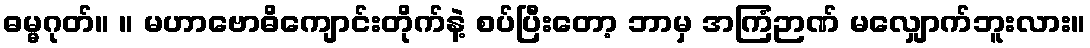
ဓမ္မဂုတ်။ ။ မဟာဗောဓိကျောင်းတိုက်နဲ့ စပ်ပြီးတော့ ဘာမှ အကြံဉာဏ် မလျှောက်ဘူးလား။